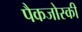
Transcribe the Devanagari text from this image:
पैकजोस्की